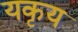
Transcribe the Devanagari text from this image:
यकृय